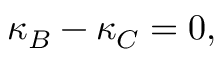
\kappa _ { B } - \kappa _ { C } = 0 ,